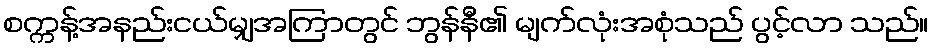
စက္ကန့်အနည်းငယ်မျှအကြာတွင် ဘွန်နီ၏ မျက်လုံးအစုံသည် ပွင့်လာ သည်။